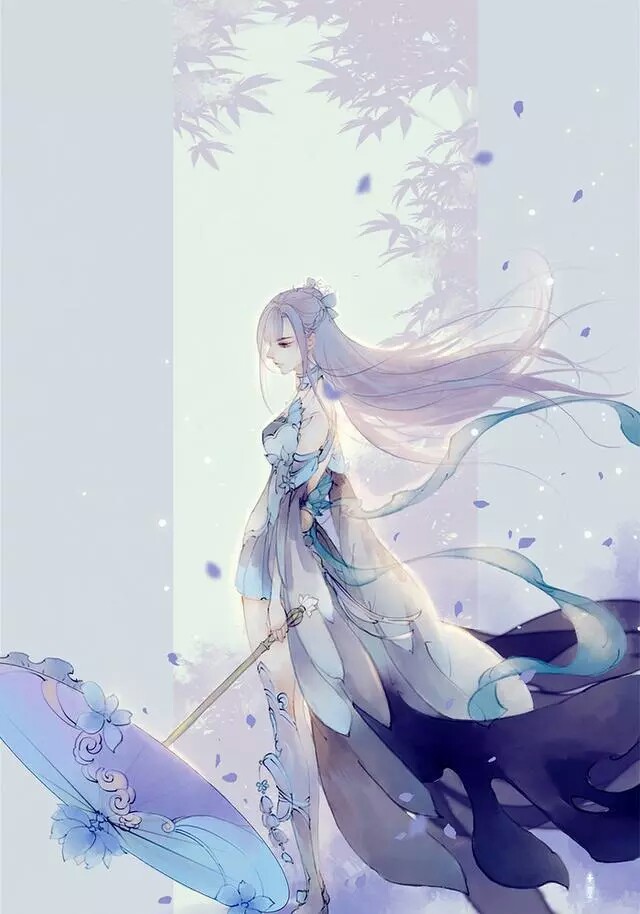
愿我如星君如月，夜夜流光相皎洁。